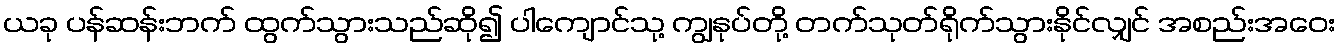
ယခု ပန်ဆန်းဘက် ထွက်သွားသည်ဆို၍ ပါကျောင်သု့ ကျွနုပ်တို့ တက်သုတ်ရိုက်သွားနိုင်လျှင် အစည်းအဝေး